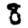
Digit: 3